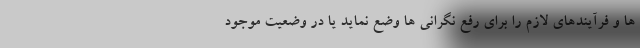
ها و فرآیندهای لازم را برای رفع نگرانی ها وضع نماید یا در وضعیت موجود